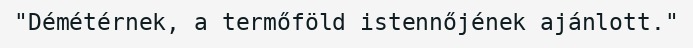
"Démétérnek, a termőföld istennőjének ajánlott."